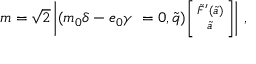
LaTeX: m = \sqrt { 2 } \left| ( m _ { 0 } \delta - e _ { 0 } \gamma ~ = 0 , \tilde { q } ) { \footnotesize \left[ \! \! \begin{array} { c } { { \tilde { F } ^ { \prime } ( \tilde { a } ) } } \\ { { \tilde { a } } } \end{array} \! \! \right] } \right| \, ,